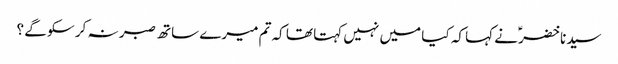
سیدنا خضرؑ نے کہا کہ کیا میں نہیں کہتا تھا کہ تم میرے ساتھ صبر نہ کر سکو گے ؟